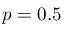
p = 0 . 5